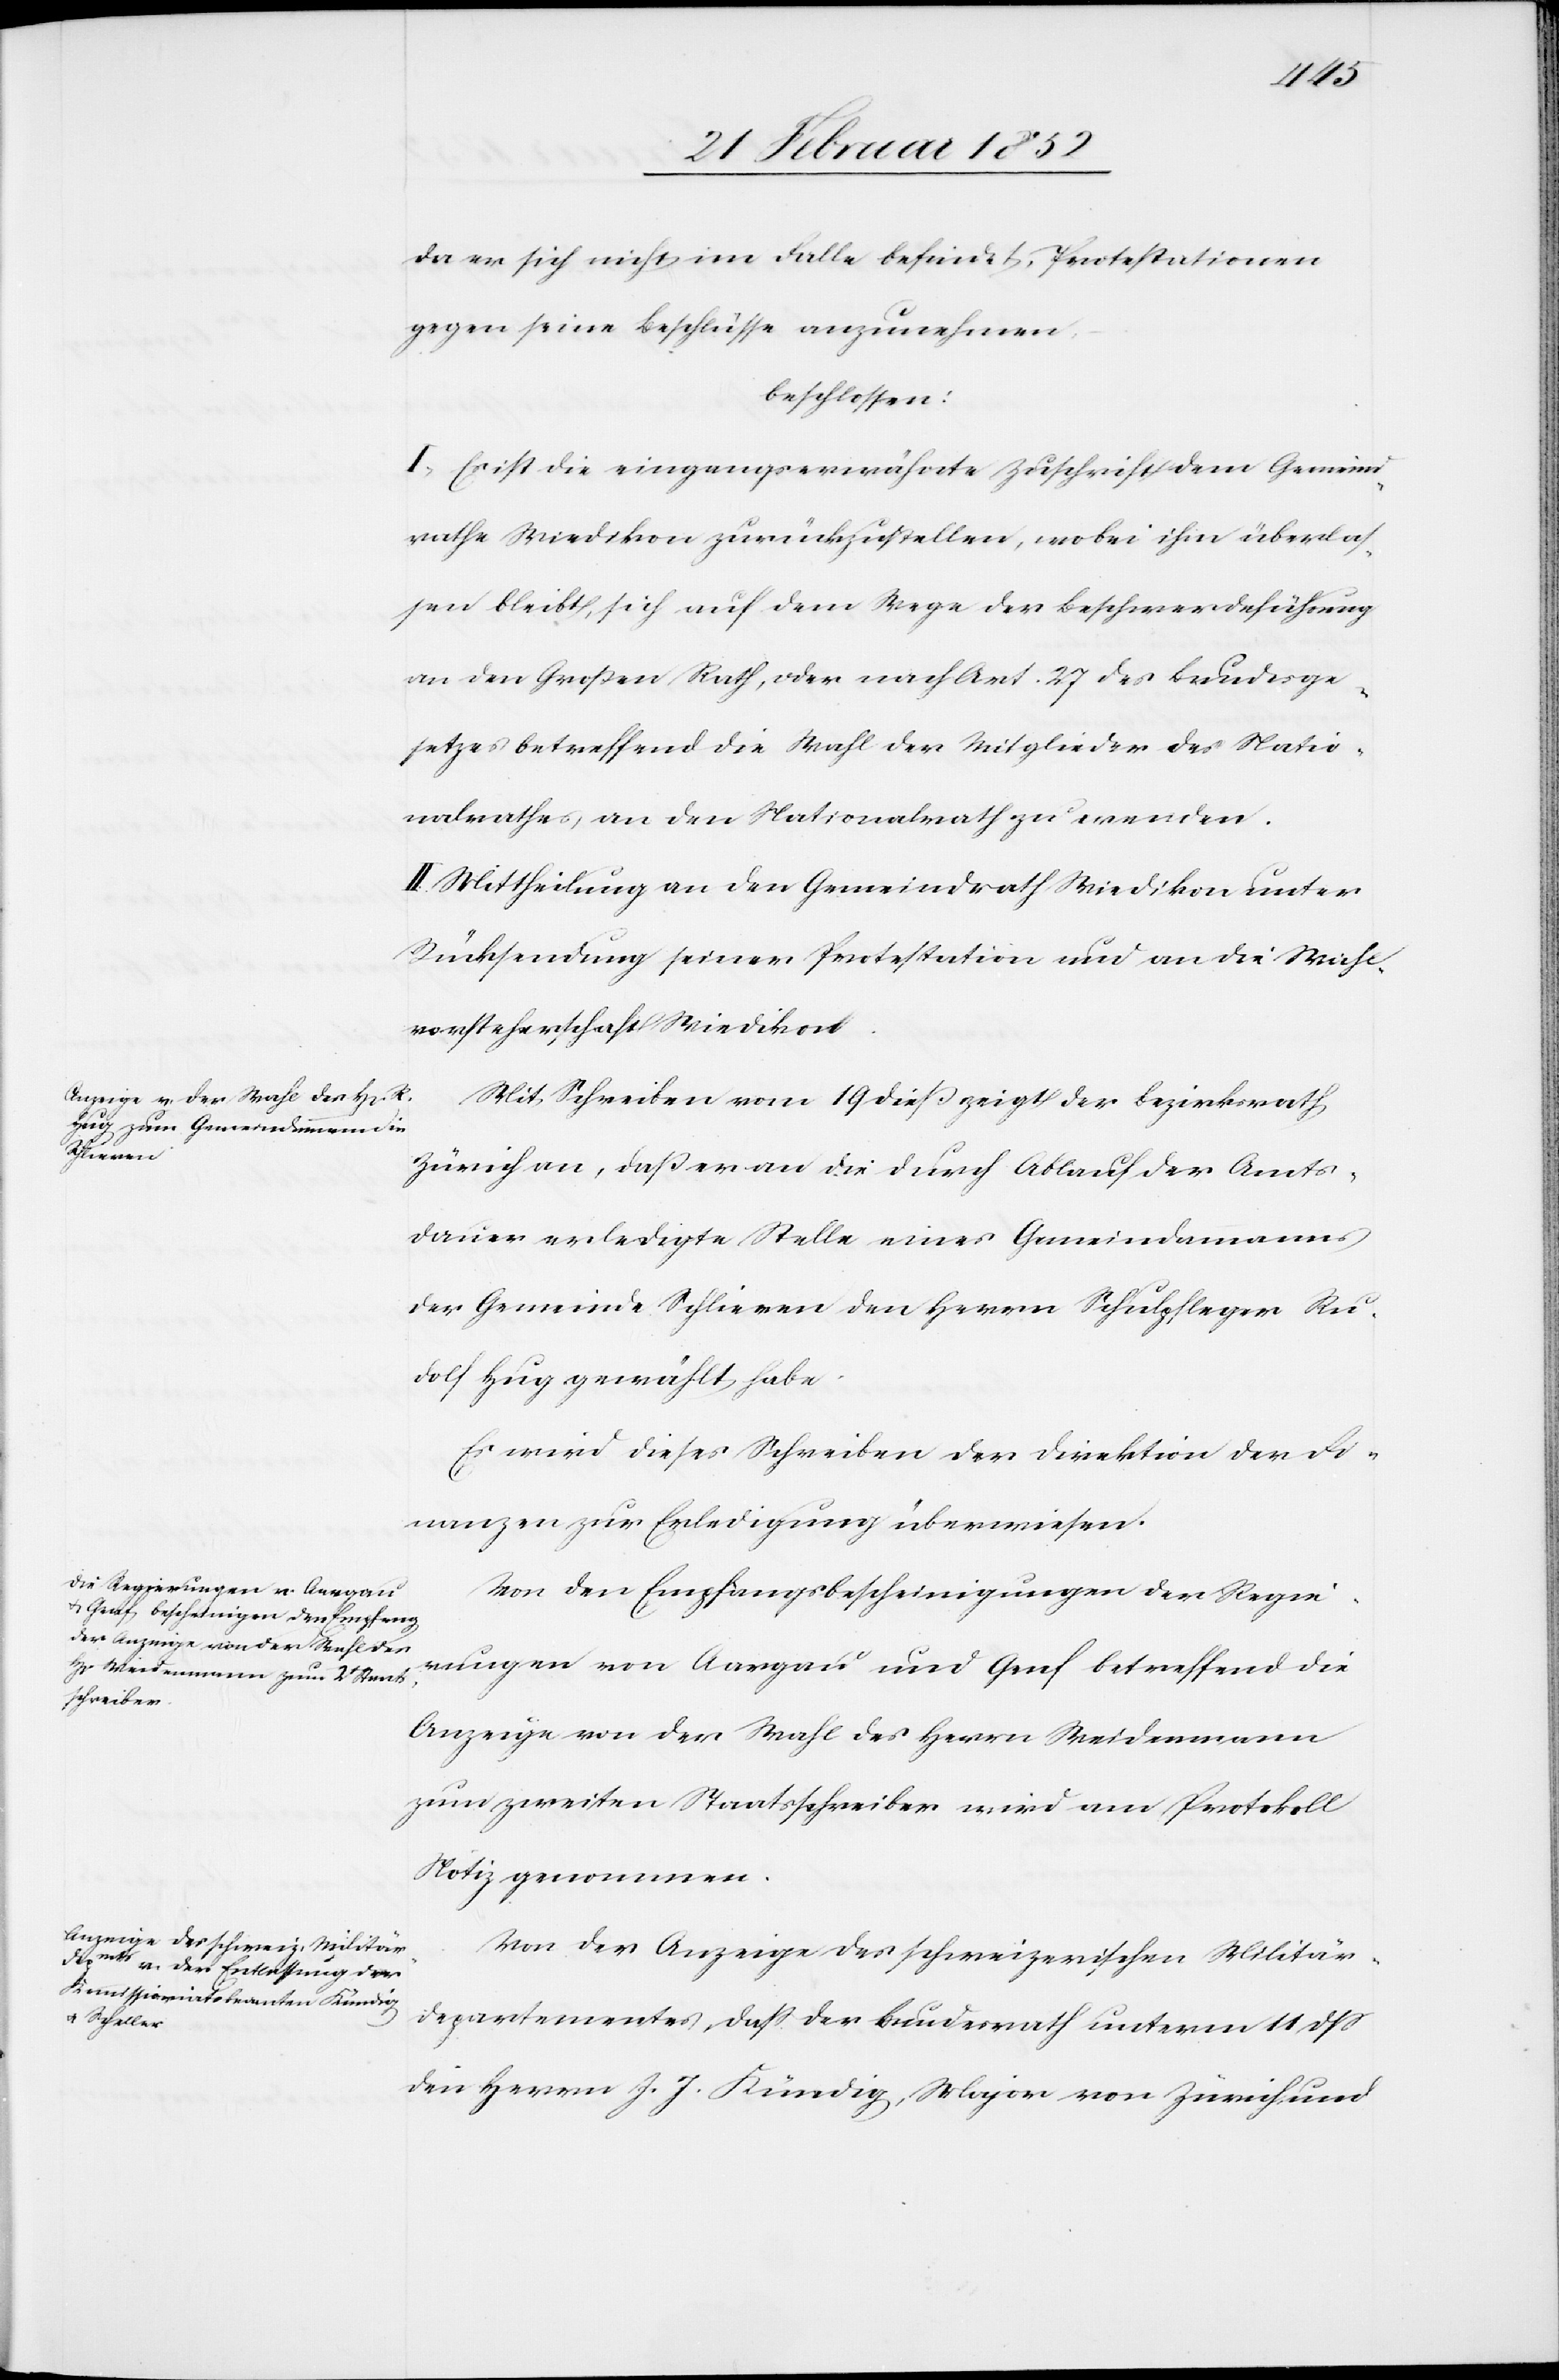
da er sich nicht im Falle befindet, Protestationen
gegen seine Beschlüsse anzunehmen.
beschlossen:
I.) Es ist die eingangserwähnte Zuschrift dem Gemeind¬
rathe Wiedikon zurückzustellen, wobei ihm überlas¬
sen bleibt, sich auf dem Wege der Beschwerdeführung
an den Großen Rath, oder nach Art. 27 des Bundesge¬
setzes betreffend die Wahl der Mitglieder des Natio¬
nalrathes, an den Nationalrath zu wenden.
II. Mittheilung an den Gemeindrath Wiedikon unter
Rücksendung seiner Protestation und an die Wahl¬
vorsteherschaft Wiedikon.
Mit Schreiben vom 19 dieß zeigt der Bezirksrath
Zürich an, daß er an die durch Ablauf der Amts¬
dauer erledigte Stelle eines Gemeindammanns
der Gemeinde Schlieren den Herrn Schulpfleger Ru¬
dolf Hug gewählt habe.
Es wird dieses Schreiben der Direktion der Fi¬
nanzen zur Erledigung überwiesen.
Von den Empfangsbescheinigungen der Regie¬
rungen von Aargau und Genf betreffend die
Anzeige von der Wahl des Herrn Weidenmann
zum zweiten Staatsschreiber wird am Protokoll
Notiz genommen.
Von der Anzeige des schweizerischen Militär¬
departements, daß der Bundesrath unterm 11 dß
den Herren J. J. Kündig, Major von Zürich und